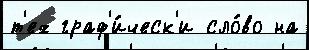
т'ех граф'и́ческ'и сло́во на